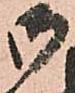
御